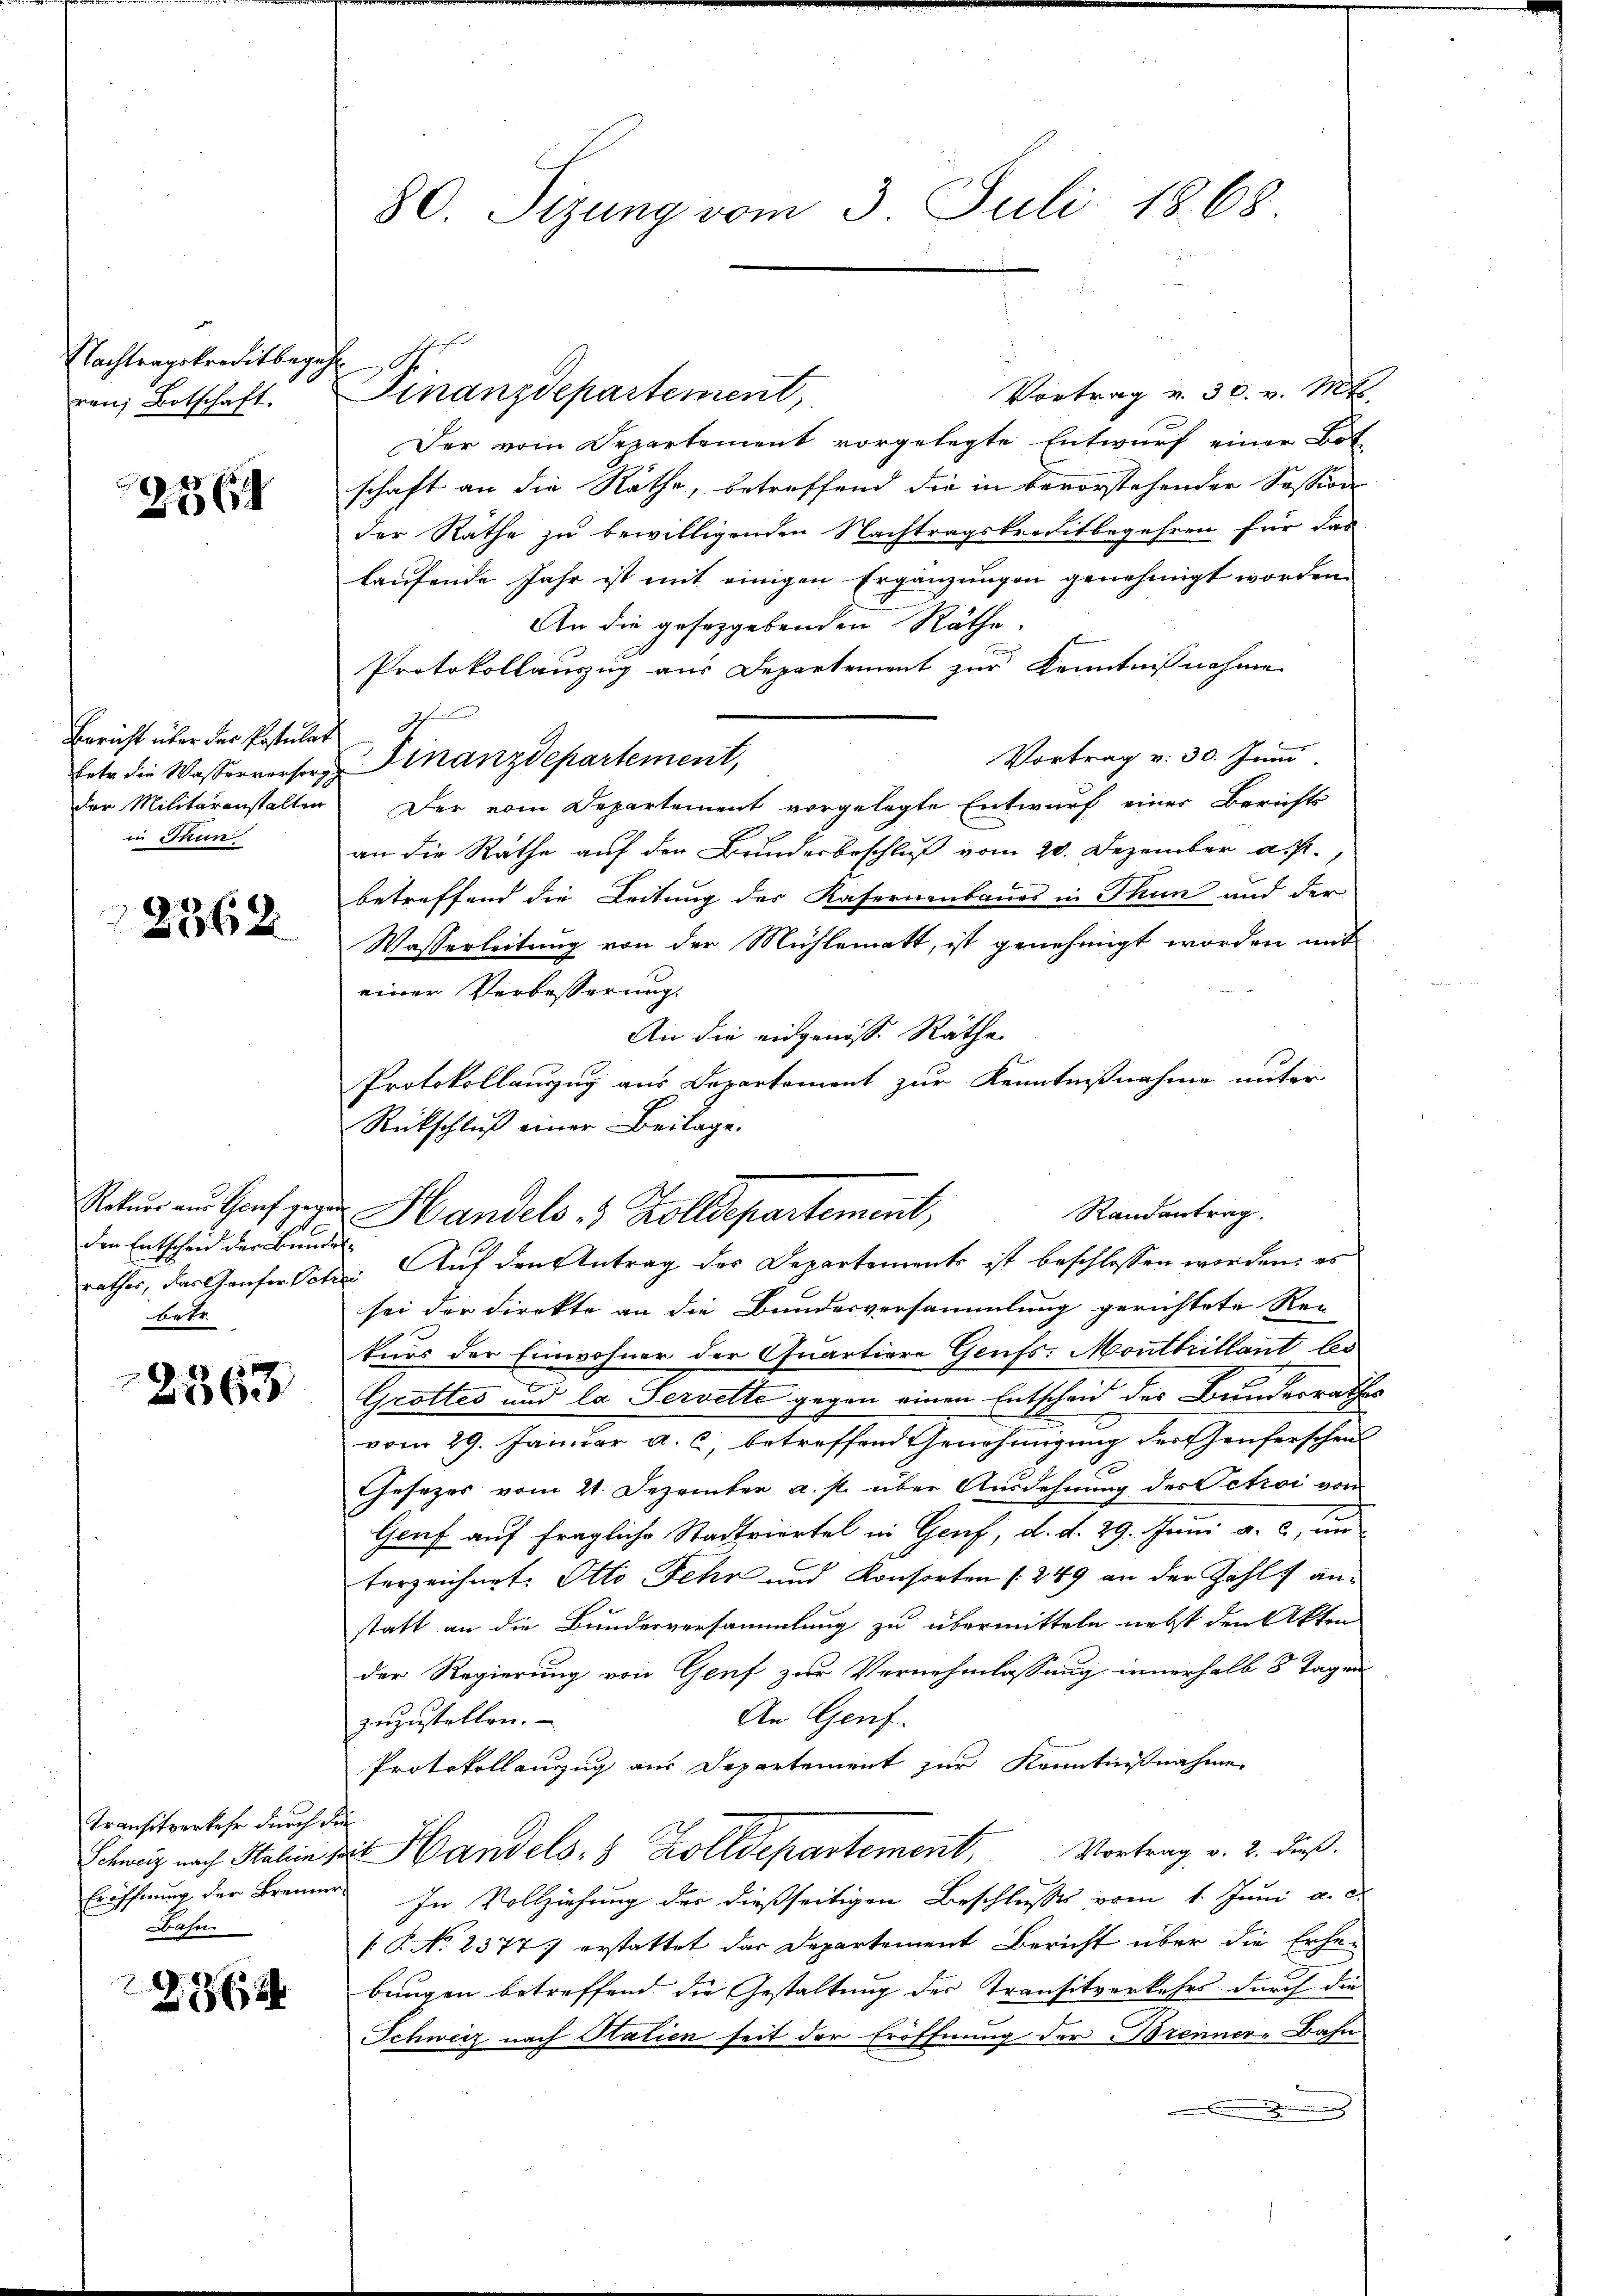
Nachtragskreditbegeg
ren; Botschaft.

2564

Bericht über der Postulat
betr. die Wasserversorg
der Militäranstalten
in Thun

2362

Rotuer aus Genf gegen
den Entscheid der Bunde
rathes, das Haufer Petr
betr

2363

Transitverkehr durch die
Schweiz nach Stalien,
Eröffnung der Brenne
Bahn

2364

80. Sizung vom 3. Juli 1868.

Vortrag v. 30. v. Mts.
Finanzdepartement,
Der vom Departement vorgelegte Entwurf einer Bot
schaft an die Rathe, betreffend die in bevorstehender Session
der Räthe zu bewilligenden Nachtragskreditbegehren für das
laufende Jahr ist mit einigen Ergänzungen genehmigt worden.
An die geseggebenden Räthe
Protokollauszug aus Departement zur Kenntnißnahme
h
Vortrag v. 30. Juni
Finanzdepartement,
Der vom Departement vorgelegte Entwurf einer Berichts
an die Räthe auf den Bundesbeschluß vom 20. Dezember ass.,
betreffend die Leitung der Kasernenbaues in Thun und der
Wasserleitung von der Mühlematt, ist genehmigt worden mit
einer Verbesserung.
An die eidgenosse Räthe
Protokollanzug aus Departement zur Kenntnißnahme unter
Rückschluß einer Beilage.
Auf den Antrag des Departements ist beschlossen worden: es
be
sei der Direkte an die Bundesversammlung gerichtete Re-
kurs der Einwohner der Quartiere Genfs: Montkillant bes
Grottes und la Servette gegen einen Entscheid der Bundesrathes
vom 29. Januar a. c. betreffend Genehmigung der heuferschen
6
Gesezes vom 21. Dezember a. p. über Ausdehnung des Petroi von
Genf auf fragliche Stadtviertel in Genf, d. d. 29. Juni a. c. un
terzeichnet. Otto Fehr und Konsorten [249 an der Zahl anstatt an die Bundesversammlung zu übermitteln nebst den Akten
der Regierung von Genf zur Vernehmlassung innerhalb 8 Tagen
An Genf
zuzustellen.
Protokollauszug aus Departement zur Kenntnißnahme
 Handels. 8 Zolldepartement, Vortrag v. 2. dieß.
In Vollziehung der dießseitigen Beschlusses vom 1. Juni a. d.
§ No. 2377 erstattet der Departement Bericht über die Erhebungen betreffend die Gestaltung der Transitverkehrs durch die
Schweiz nach Halien seit der Eröffnung der Brenner-Bahn
n

Randantrag.
Handels 3 Zolldepartement,